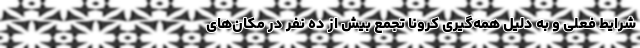
شرایط فعلی و به دلیل همه‌گیری کرونا تجمع بیش از ده نفر در مکان‌های